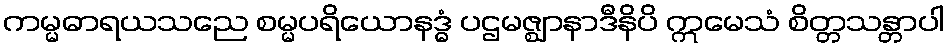
ကမ္မဓာရယသညေ စမ္မပရိယောနဒ္ဓံ ပဌမဇ္ဈာနာဒီနိပိ ဣမေသံ စိတ္တသန္တာပါ